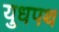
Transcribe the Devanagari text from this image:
युधपथ